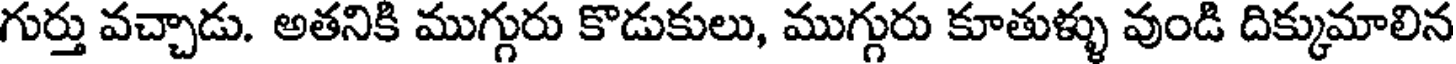
గుర్తు వచ్చాడు. అతనికి ముగ్గురు కొడుకులు, ముగ్గురు కూతుళ్ళు వుండి దిక్కుమాలిన